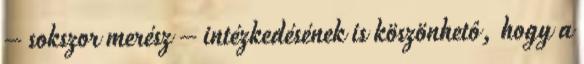
– sokszor merész – intézkedésének is köszönhetô, hogy a